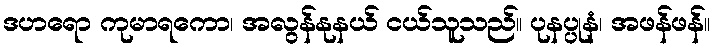
ဒဟရော ကုမာရကော၊ အလွန်နုနယ် ငယ်သူသည်။ ပုနပ္ပုနံ၊ အဖန်ဖန်။